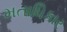
મતાધિકાર